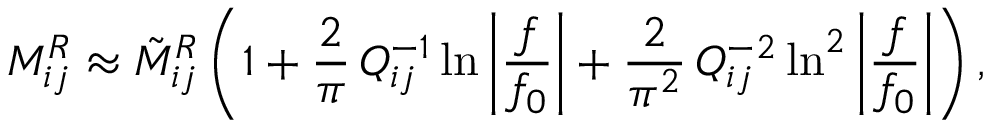
M _ { i j } ^ { R } \approx \tilde { M } _ { i j } ^ { R } \left( 1 + \frac { 2 } { \pi } \, Q _ { i j } ^ { - 1 } \ln { \bigg | \frac { f } { f _ { 0 } } \bigg | } + \frac { 2 } { \pi ^ { 2 } } \, Q _ { i j } ^ { - 2 } \ln ^ { 2 } { \bigg | \frac { f } { f _ { 0 } } \bigg | } \right) ,